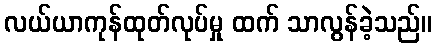
လယ်ယာကုန်ထုတ်လုပ်မှု ထက် သာလွန်ခဲ့သည်။